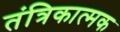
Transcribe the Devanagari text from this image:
तंत्रिकात्मक